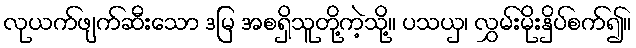
လုယက်ဖျက်ဆီးသော ဒမြ အစရှိသူတို့ကဲ့သို့။ ပသယှ၊ လွှမ်းမိုးနှိပ်စက်၍။